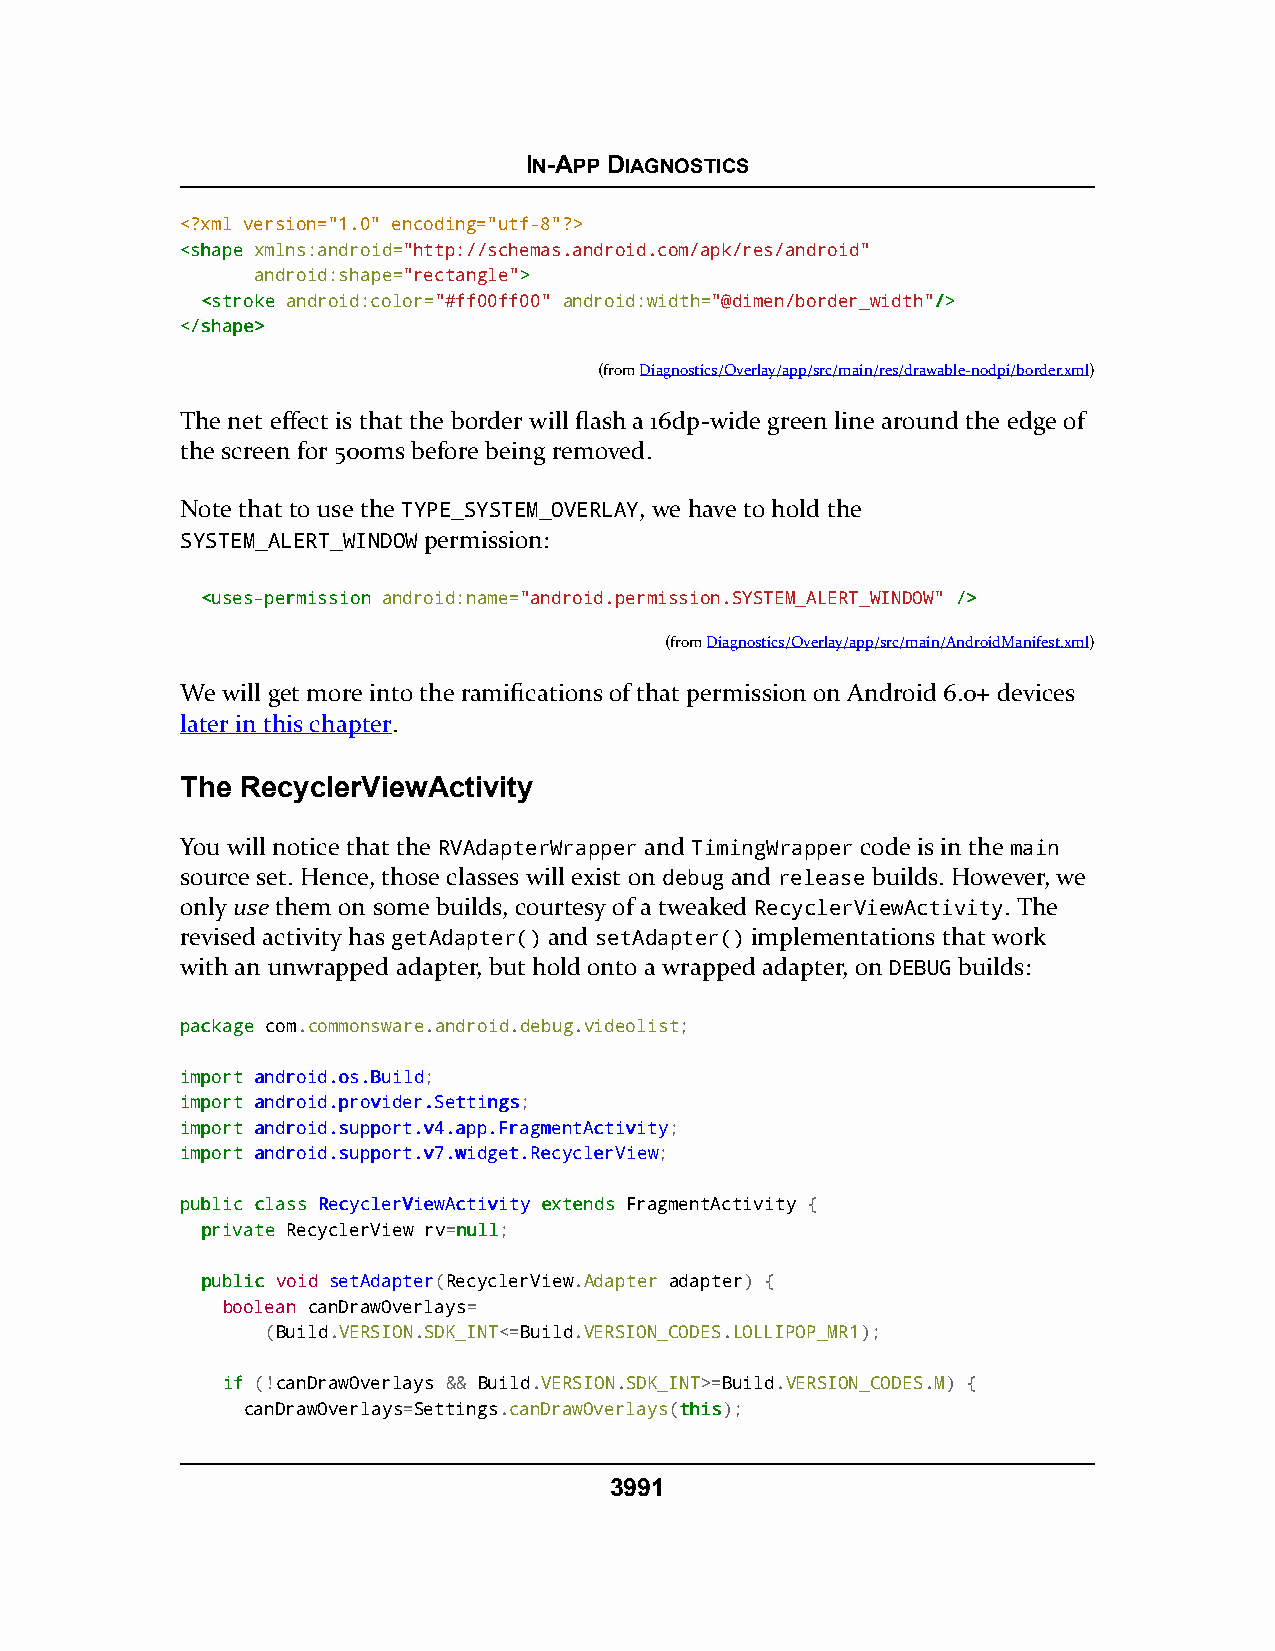
IN-APP DIAGNOSTICS
 <?xml version="1.0" encoding="utf-8"?>
 <<sshhaappee xmlns:android="http://schemas.android.com/apk/res/android"
 android:shape="rectangle">>
 <<ssttrrookkee android:color="#ff00ff00" android:width="@dimen/border_width"//>>
 <<//sshhaappee>>
 (fromDiagnostics/Overlay/app/src/main/res/drawable-nodpi/border.xml)
 The net effect is that the border will flash a 16dp-wide green line around the edge of
 the screen for 500ms before being removed.
 Note that to use the TYPE_SYSTEM_OVERLAY, we have to hold the
 SYSTEM_ALERT_WINDOW permission:
 <<uusseess--ppeerrmmiissssiioonn android:name="android.permission.SYSTEM_ALERT_WINDOW" //>>
 (fromDiagnostics/Overlay/app/src/main/AndroidManifest.xml)
 We will get more into the ramifications of that permission on Android 6.0+ devices
 later in this chapter.
 The RecyclerViewActivity
 You will notice that the RVAdapterWrapper and TimingWrapper code is in the main
 source set. Hence, those classes will exist on debug and release builds. However, we
 only use them on some builds, courtesy of a tweaked RecyclerViewActivity. The
 revised activity has getAdapter() and setAdapter() implementations that work
 with an unwrapped adapter, but hold onto a wrapped adapter, on DEBUG builds:
 ppaacckkaaggee com.commonsware.android.debug.videolist;
 iimmppoorrtt aannddrrooiidd..ooss..BBuuiilldd;
 iimmppoorrtt aannddrrooiidd..pprroovviiddeerr..SSeettttiinnggss;
 iimmppoorrtt aannddrrooiidd..ssuuppppoorrtt..vv44..aapppp..FFrraaggmmeennttAAccttiivviittyy;
 iimmppoorrtt aannddrrooiidd..ssuuppppoorrtt..vv77..wwiiddggeett..RReeccyycclleerrVViieeww;
 ppuubblliicc ccllaassss RReeccyycclleerrVViieewwAAccttiivviittyy eexxtteennddss FragmentActivity {
 pprriivvaattee RecyclerView rv=nnuullll;
 ppuubblliicc void setAdapter(RecyclerView.Adapter adapter) {
 boolean canDrawOverlays=
 (Build.VERSION.SDK_INT<=Build.VERSION_CODES.LOLLIPOP_MR1);
 iiff (!canDrawOverlays && Build.VERSION.SDK_INT>=Build.VERSION_CODES.M) {
 canDrawOverlays=Settings.canDrawOverlays(tthhiiss);
 3991